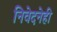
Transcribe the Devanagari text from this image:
निवेदनेही